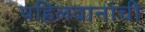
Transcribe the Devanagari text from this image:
पहिलवानांची